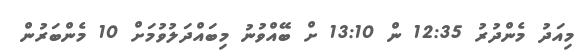
މިއަދު މެންދުރު 12:35 ން 13:10 ށް ބޭއްވުނު މިބައްދަލުވުމަށް 10 މެންބަރުން